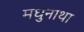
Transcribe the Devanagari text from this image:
मधुनाथा